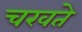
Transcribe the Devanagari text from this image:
चखते